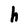
Character: h